Anatomy and histology of ticks - Number 23
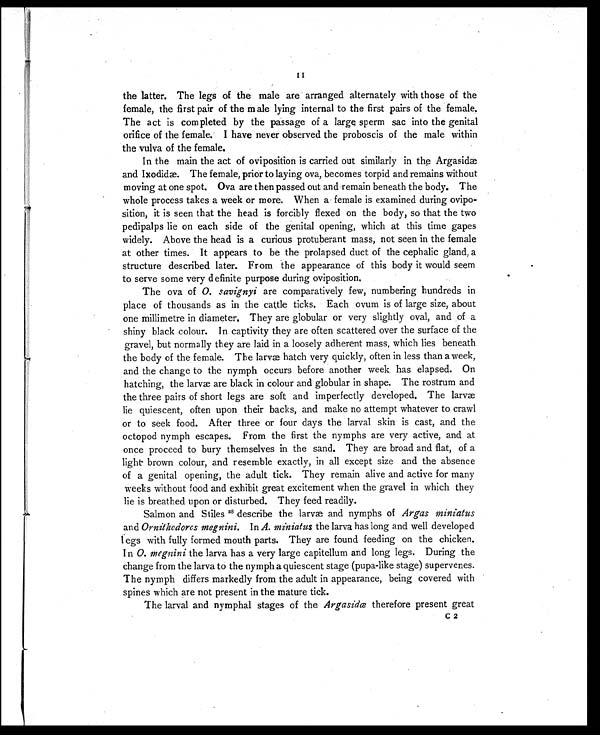
11
the latter. The legs of the male are arranged alternately with those of the
female, the first pair of the male lying internal to the first pairs of the female.
The act is completed by the passage of a large sperm sac into the genital
orifice of the female. I have never observed the proboscis of the male within
the vulva of the female.
In the main the act of oviposition is carried out similarly in the Argasidæ
and Ixodidæ. The female, prior to laying ova, becomes torpid and remains without
moving at one spot. Ova are then passed out and remain beneath the body. The
whole process takes a week or more. When a female is examined during ovipo-
sition, it is seen that the head is forcibly flexed on the body, so that the two
pedipalps lie on each side of the genital opening, which at this time gapes
widely. Above the head is a curious protuberant mass, not seen in the female
at other times. It appears to be the prolapsed duct of the cephalic gland, a
structure described later. From the appearance of this body it would seem
to serve some very definite purpose during oviposition.
The ova of O. savignyi are comparatively few, numbering hundreds in
place of thousands as in the cattle ticks. Each ovum is of large size, about
one millimetre in diameter. They are globular or very slightly oval, and of a
shiny black colour. In captivity they are often scattered over the surface of the
gravel, but normally they are laid in a loosely adherent mass, which lies beneath
the body of the female. The larvæ hatch very quickly, often in less than a week,
and the change to the nymph occurs before another week has elapsed. On
hatching, the larvæ are black in colour and globular in shape. The rostrum and
the three pairs of short legs are soft and imperfectly developed. The larvæ
lie quiescent, often upon their backs, and make no attempt whatever to crawl
or to seek food. After three or four days the larval skin is cast, and the
octopod nymph escapes. From the first the nymphs are very active, and at
once proceed to bury themselves in the sand. They are broad and flat, of a
light brown colour, and resemble exactly, in all except size and the absence
of a genital opening, the adult tick. They remain alive and active for many
weeks without food and exhibit great excitement when the gravel in which they
lie is breathed upon or disturbed. They feed readily.
Salmon and Stiles 28 describe the larvæ and nymphs of Argas miniatus
and Ornithodoros megnini. In A. miniatus the larva has long and well developed
legs with fully formed mouth parts. They are found feeding on the chicken.
In O. megnini the larva has a very large capitellum and long legs. During the
change from the larva to the nymph a quiescent stage (pupa-like stage) supervenes.
The nymph differs markedly from the adult in appearance, being covered with
spines which are not present in the mature tick.
The larval and nymphal stages of the Argasidæ therefore present great
C 2